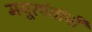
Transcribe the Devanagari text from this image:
मयूरपंतांची